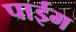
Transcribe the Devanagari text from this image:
पाईम